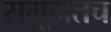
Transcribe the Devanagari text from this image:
समूहातच